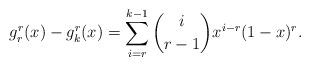
LaTeX: \begin{align*}g_r^r(x) - g_k^r(x) = \sum_{i=r}^{k-1} \binom{i}{r-1} x^{i-r}(1-x)^r.\end{align*}